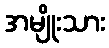
အမျိုးသား